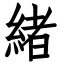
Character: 緒